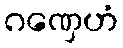
ဂဏှေဟံ